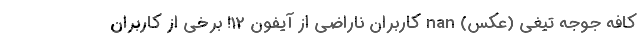
کافه جوجه تیغی (عکس) nan کاربران ناراضی از آیفون 12! برخی از کاربران